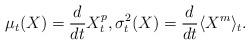
LaTeX: \begin{align*}\mu_t(X) = \frac{d}{dt}X^p_t, \sigma^2_t(X) = \frac{d}{dt}\langle X^m \rangle_t.\end{align*}